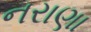
નરાણા